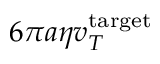
6 \pi a \eta v _ { T } ^ { \mathrm { t a r g e t } }